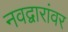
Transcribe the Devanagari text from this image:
नवद्वारांवर